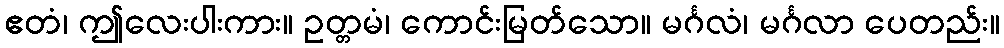
ဧတံ၊ ဤလေးပါးကား။ ဥတ္တမံ၊ ကောင်းမြတ်သော။ မင်္ဂလံ၊ မင်္ဂလာ ပေတည်း။